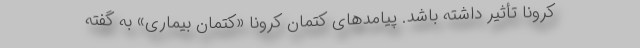
کرونا تأثیر داشته باشد. پیامدهای کتمان کرونا «کتمان بیماری» به‌ گفته